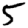
Digit: 5